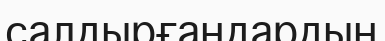
салдырғандардың